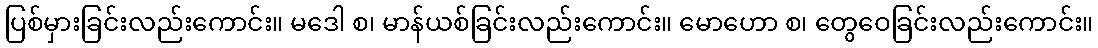
ပြစ်မှားခြင်းလည်းကောင်း။ မဒေါ စ၊ မာန်ယစ်ခြင်းလည်းကောင်း။ မောဟော စ၊ တွေဝေခြင်းလည်းကောင်း။